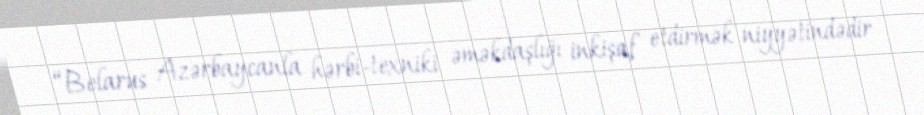
“Belarus Azərbaycanla hərbi-texniki əməkdaşlığı inkişaf etdirmək niyyətindədir